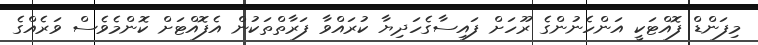
މިފަންޑް ފޮއްޓަކީ އަންހެނުންގެ ރޫހަށް ފައިސާގެހަދިޔާ ކުރައްވާ ފަރާތްތަކުން އެފޮއްޓަށް ކޮންމެވެސް ވަރެއްގެ